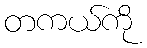
တကယ်ကို